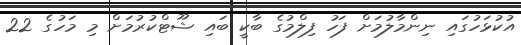
އުކުޅަހުގައި ނިންމާލުމަށް ފަހު ފިލްމުގެ ބާކީ ބައި ޝޫޓްކުރުމަށް މި މަހުގެ 22